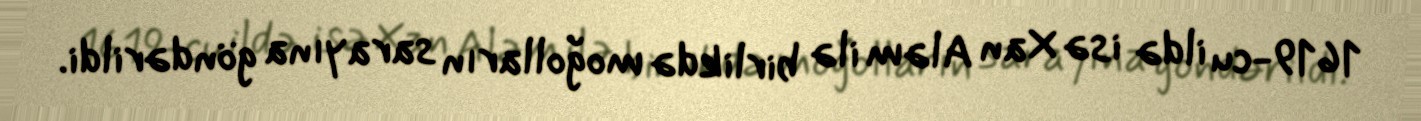
1619-cu ildə isə Xan Aləm ilə birlikdə moğolların sarayına göndərildi.